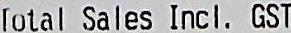
TOTAL SALES INCL. GST